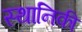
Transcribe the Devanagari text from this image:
स्थानिकी